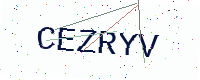
Text: CEZRYV